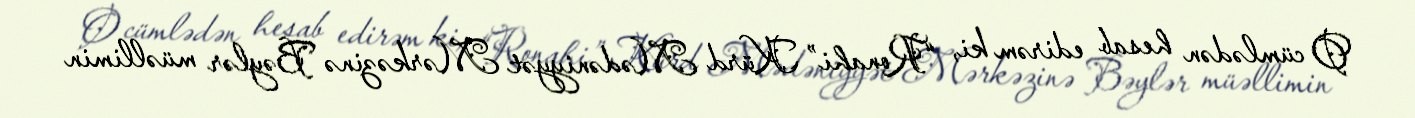
O cümlədən hesab edirəm ki, “Ronahi” Kürd Mədəniyyət Mərkəzinə Bəylər müəllimin